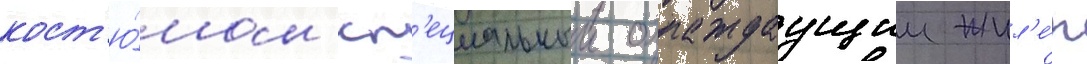
кост'ю́мом сп'ециальныи охлаждаущии жил'е́т